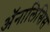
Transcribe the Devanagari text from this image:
अॅनालिसिस